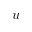
u